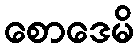
စောဒေမိ